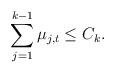
LaTeX: \begin{align*}\sum_{j=1}^{k-1}\mu_{j,t}\leq C_k.\end{align*}